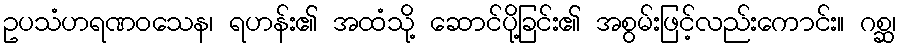
ဥပသံဟရဏဝသေန၊ ရဟန်း၏ အထံသို့ ဆောင်ပို့ခြင်း၏ အစွမ်းဖြင့်လည်းကောင်း။ ဂစ္ဆ၊